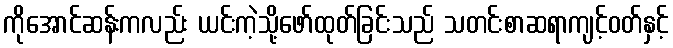
ကိုအောင်ဆန်းကလည်း ယင်းကဲ့သို့ဖော်ထုတ်ခြင်းသည် သတင်းစာဆရာကျင့်ဝတ်နှင့်